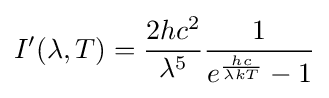
I'(\lambda ,T)={\frac {2hc^{2}}{\lambda ^{5}}}{\frac {1}{e^{\frac {hc}{\lambda kT}}-1}}